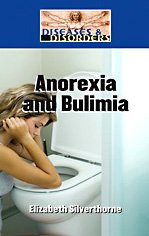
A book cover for Anorexia and Bulimia (Diseases and Disorders); Elizabeth Silverthorne; Health, Fitness & Dieting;